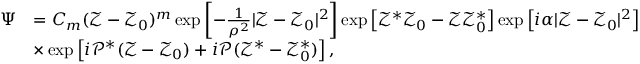
\begin{array} { r l } { \Psi } & { = C _ { m } ( \mathcal { Z } - \mathcal { Z } _ { 0 } ) ^ { m } \exp \left[ - \frac { 1 } { \rho ^ { 2 } } | \mathcal { Z } - \mathcal { Z } _ { 0 } | ^ { 2 } \right] \exp \left[ \mathcal { Z } ^ { * } \mathcal { Z } _ { 0 } - \mathcal { Z } \mathcal { Z } _ { 0 } ^ { * } \right] \exp \left[ i \alpha | \mathcal { Z } - \mathcal { Z } _ { 0 } | ^ { 2 } \right] } \\ & { \times \exp \left[ i \mathcal { P } ^ { * } ( \mathcal { Z } - \mathcal { Z } _ { 0 } ) + i \mathcal { P } ( \mathcal { Z } ^ { * } - \mathcal { Z } _ { 0 } ^ { * } ) \right] , } \end{array}